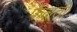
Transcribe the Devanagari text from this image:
फैलतीं